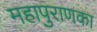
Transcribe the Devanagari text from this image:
महापुराणका